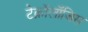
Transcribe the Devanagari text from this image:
टेक्नॉलॉजिस